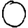
Digit: 0